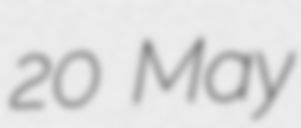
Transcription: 20 May